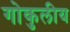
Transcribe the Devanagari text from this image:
गोकुलीय